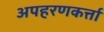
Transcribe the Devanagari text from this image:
अपहरणकर्त्ता